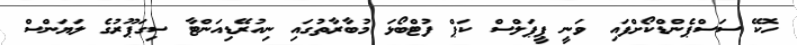
ހޮކޭ ސަސްޕެންޑްކޯށްފައި ވަނީ ޕީޕަލްސް ކަޕް ފުޓްބޯޅަ މުބާރާތުގައި ނިއުރޭޑިއަންޓާ ސިގަޕޫރުގެ ލަޔަންސް